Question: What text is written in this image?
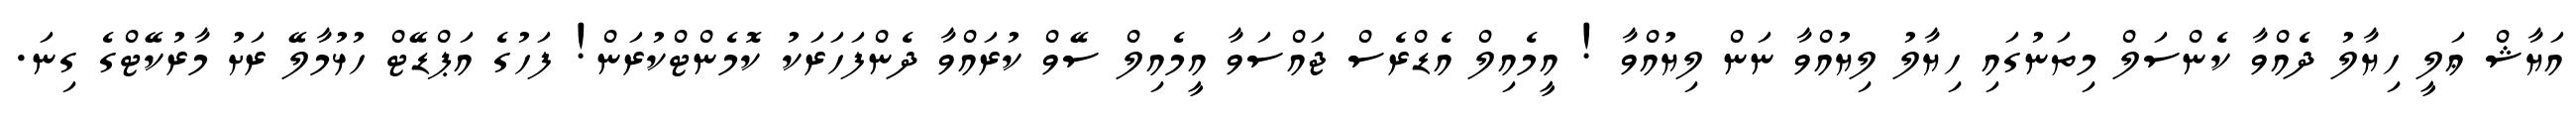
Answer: އަޔާޝް ޢަލީ ހިޔާލު ދެއްވާ ކެންސަލް މިތަނުގައި ހިޔާލު ލިޔުއްވާ ނަން ލިޔުއްވާ ! އީމެއިލް އެޑްރެސް ޖައްސަވާ އީމެއިލް ސޭވް ކުރައްވާ ދެންފަހަރަކު ކޮމެންޓްކުރަން! ފަހުގެ އަޕްޑޭޓް ހުޅުމާލޭ ރަށު މާރުކޭޓްގެ ގިނަ.